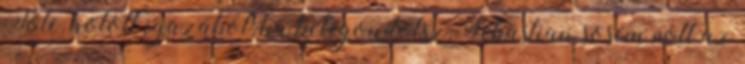
Tőle, holott igazából, ha belegondolsz, Sebastian sosem volt az